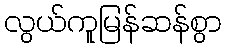
လွယ်ကူမြန်ဆန်စွာ